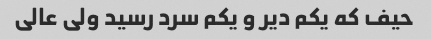
حیف که یکم دیر و یکم سرد رسید ولی عالی